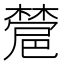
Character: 𣜺